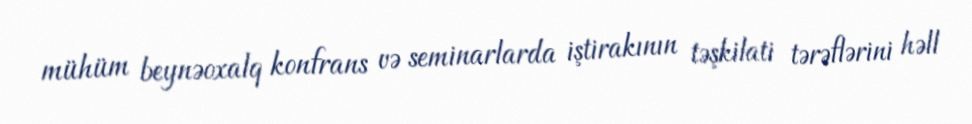
mühüm beynəoxalq konfrans və seminarlarda iştirakının təşkilati tərəflərini həll